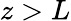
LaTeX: z>L